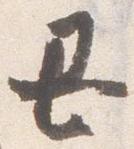
丑